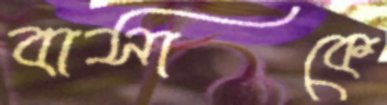
বাসাকে